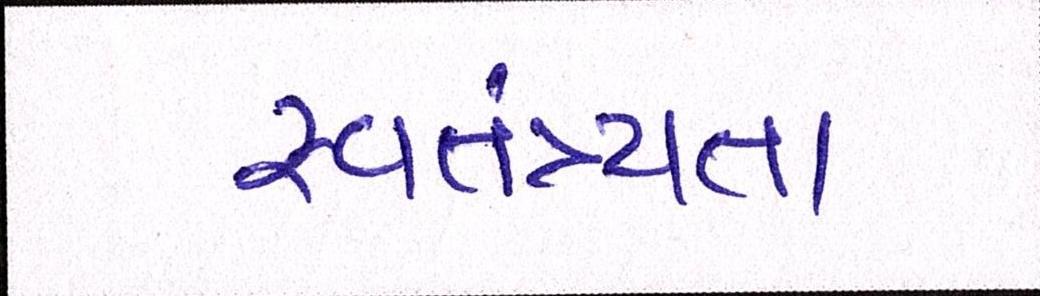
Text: સ્વતંત્ર્યતા